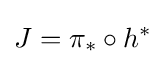
J=\pi _{*}\circ h^{*}